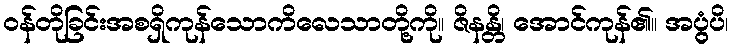
ဝန်တိုခြင်းအစရှိကုန်သောကိလေသာတို့ကို။ ဇိနန္တိ၊ အောင်ကုန်၏။ အပ္ပွံပိ၊